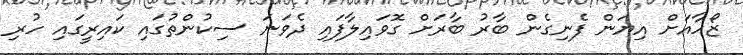
ޒޯހާއަށް އިޔަން ފެނިގެން ބާރު ބާރަށް ގޮވައިލާފައި ދެވަނަ ސިކުންތުގައި ކައިރީގައި ހުރި